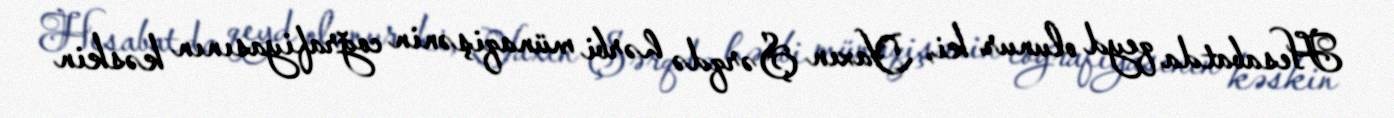
Hesabatda qeyd olunur ki, Yaxın Şərqdə hərbi münaqişənin coğrafiyasının kəskin